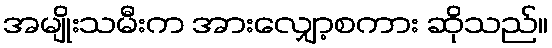
အမျိုးသမီးက အားလျှော့စကား ဆိုသည်။